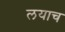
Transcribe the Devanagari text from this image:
लयाच